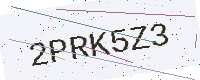
Text: 2PRK5Z3